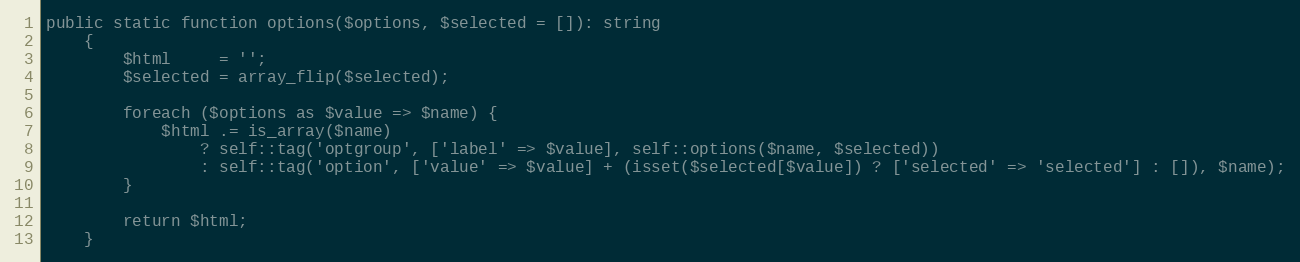
Language: PHP
public static function options($options, $selected = []): string
    {
        $html     = '';
        $selected = array_flip($selected);

        foreach ($options as $value => $name) {
            $html .= is_array($name)
                ? self::tag('optgroup', ['label' => $value], self::options($name, $selected))
                : self::tag('option', ['value' => $value] + (isset($selected[$value]) ? ['selected' => 'selected'] : []), $name);
        }

        return $html;
    }